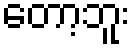
တော့ဘူး